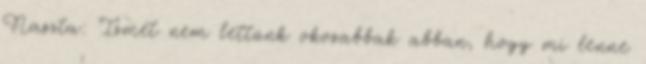
Naszta: Ismét nem lettünk okosabbak abban, hogy mi lenne